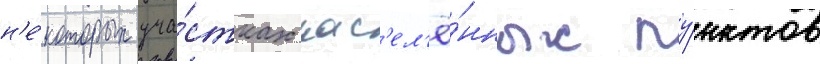
н'е́которых уча́стках нас'ел'ё́нных пу́нктов